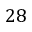
2 8